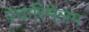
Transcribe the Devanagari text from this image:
पंचारिमेलम